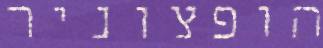
הופצוניר